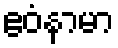
ဧဝံနာမာ